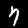
Digit: 7